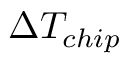
\Delta T _ { c h i p }